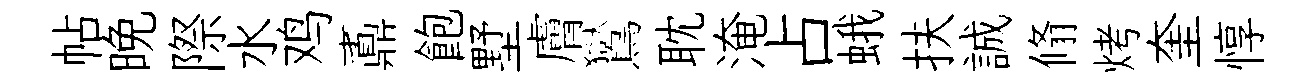
帖晚際水鸡鼒飽墅膚鸑耽淹占蛾扶誠翛烤奎惇